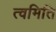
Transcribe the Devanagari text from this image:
त्वमिति